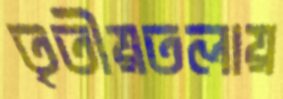
তৃতীয়তলায়